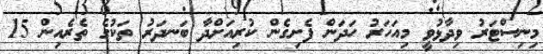
މިނިސްޓަރު ވިދާޅުވީ މިއަހަރު ހަދަން ފެށިގެން ކުރިއަށްދާ ބަނދަރު ތަކުގެ ތެރެއިން 15